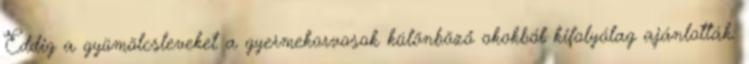
Eddig a gyümölcsleveket a gyermekorvosok különböző okokból kifolyólag ajánlották: